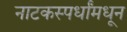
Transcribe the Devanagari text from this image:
नाटकस्पर्धांमधून